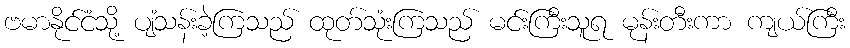
ဗမာနိုင်ငံသို့ ပျံသန်းခဲ့ကြသည် ထုတ်သုံးကြသည် မင်းကြီးသူရ မုန်းတီးကာ ကျယ်ကြီး